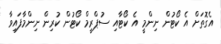
އެގޮތަށް އެ ކޯޓުން ނިންމީ އެ ކޯޓާއި ސުޕްރީމް ކޯޓުން ކުރިން ނިންމާފައިވާ